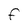
Character: F